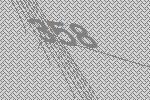
358